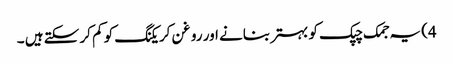
4) یہ جمک چپک کو بہتر بنانے اور روغن کریکنگ کو کم کر سکتے ہیں ۔